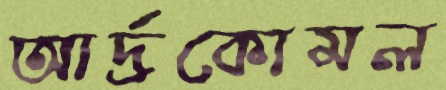
আর্দ্রকোমল